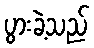
ပွားခဲ့သည်